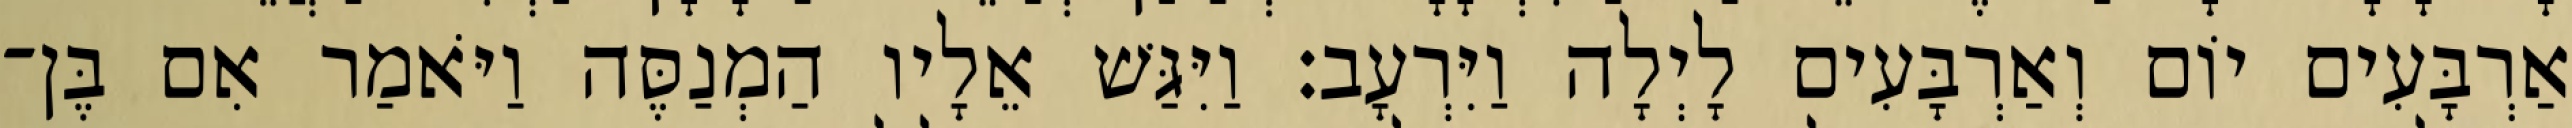
אַרְבָּעִים יוֹם וְאַרְבָּעִים לָיְלָה וַיִּרְעָב׃ וַיִּגַּשׁ אֵלָיו הַמְנַסֶּה וַיֹּאמַר אִם בֶּן־